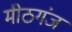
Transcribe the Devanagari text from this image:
मीठगंज